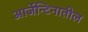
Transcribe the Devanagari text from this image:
आर्जेन्टिनातील